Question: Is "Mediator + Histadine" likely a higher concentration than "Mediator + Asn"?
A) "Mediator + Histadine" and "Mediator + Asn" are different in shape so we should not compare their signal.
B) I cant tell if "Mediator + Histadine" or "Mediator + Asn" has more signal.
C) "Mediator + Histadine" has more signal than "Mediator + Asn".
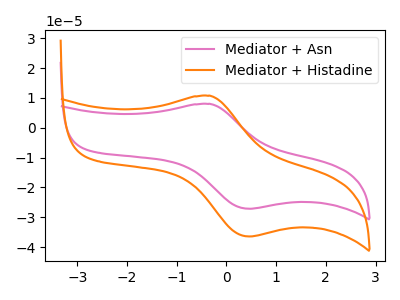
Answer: <think>The pink curve "Mediator + Asn" has an anodic peak at (-0.35V, 8.00uA) and a cathodic peak at (0.45V, -27.15uA). The orange curve "Mediator + Histadine" has an anodic peak at (-0.35V, 10.70uA) and a cathodic peak at (0.45V, -36.40uA).
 All the peaks in "Mediator + Histadine" have a peak in "Mediator + Asn" at the same potential. Every peak in "Mediator + Histadine" is higher than every peak in "Mediator + Asn".</think>
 <answer>C) "Mediator + Histadine" has more signal than "Mediator + Asn".</answer>
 <eval>C</eval>